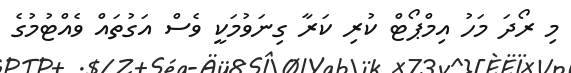
މި ރޯދަ މަހު އިމްޕޯޓް ކުރި ކަރާ ގިނަވުމަކީ ވެސް އަގުތައް ވެއްޓުމުގެ